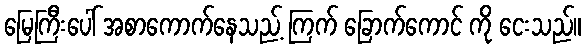
မြေကြီးပေါ် အစာကောက်နေသည့် ကြက် ခြောက်ကောင် ကို ငေးသည်။